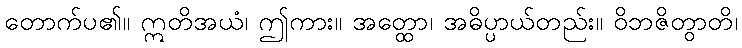
တောက်ပ၏။ ဣတိအယံ၊ ဤကား။ အတ္ထော၊ အဓိပ္ပာယ်တည်း။ ဝိဘဇိတွာတိ၊